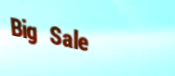
Big Sale